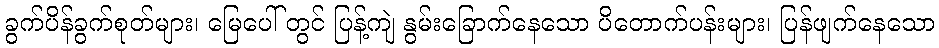
ခွက်ပိန်ခွက်စုတ်များ၊ မြေပေါ် တွင် ပြန့်ကျဲ နွမ်းခြောက်နေသော ပိတောက်ပန်းများ၊ ပြန်ဖျက်နေသော